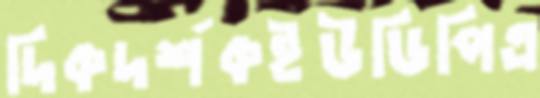
দিকদর্শকইউডিপিএ